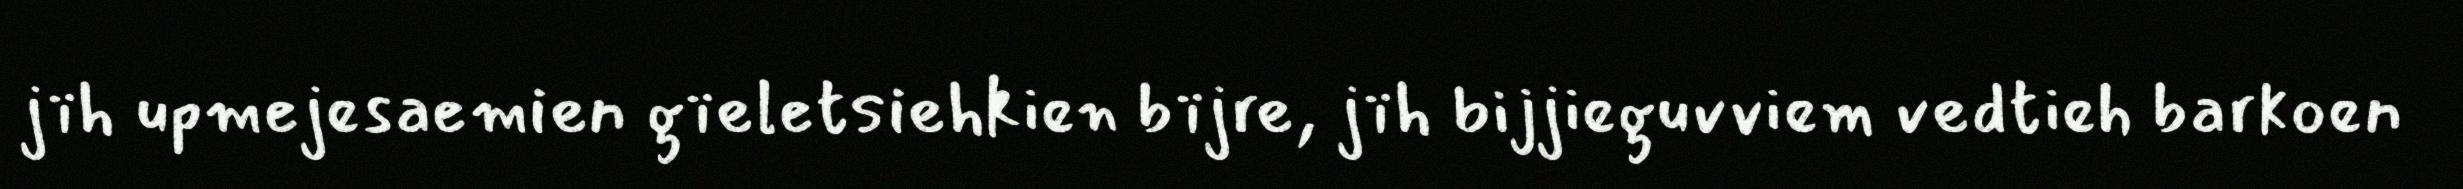
jïh upmejesaemien gïeletsiehkien bïjre, jïh bijjieguvviem vedtieh barkoen